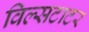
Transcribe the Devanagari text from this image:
विल्सटाटर